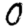
Digit: 0